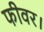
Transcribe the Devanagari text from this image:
फीवर।